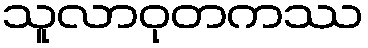
သူလာဝုတကဿ